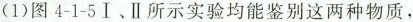
(1)图4-1-5Ⅰ、Ⅱ所示实验均能鉴别这两种物质，